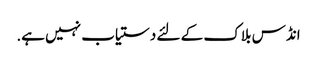
انڈس بلاک کے لئے دستیاب نہیں ہے.